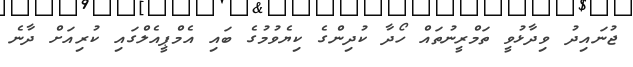
ޖުނައިދު ވިދާޅުވީ ތަމްރީނުތައް ހޯދާ ކުދިންގެ ކިޔެވުމުގެ ބައި އެމްޕީއެލްގައި ކުރިއަށް ދާނެ